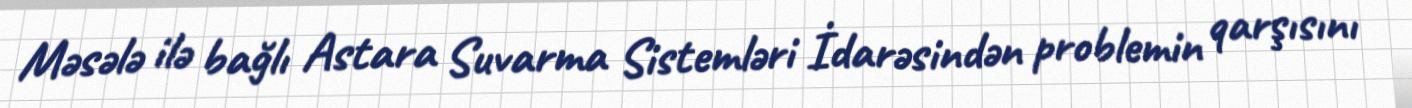
Məsələ ilə bağlı Astara Suvarma Sistemləri İdarəsindən problemin qarşısını